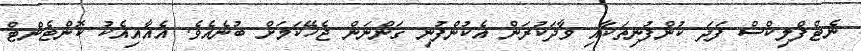
ނެޓްފްލިކްސް ފަދަ ކުންފުނިތަކާއި ވާދަކުރަން އެކުންފުނި ގަންނަން ޖެހޭކަމަށް ބުނެއެވެ. އެއާއިއެކު ކޮންޓެންޓް